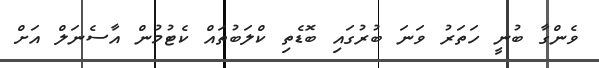
ވެންގާ ބުނީ ހަތަރު ވަނަ ބުރުގައި ބޮޑެތި ކްލަބުތައް ކެޓުމުން އާސެނަލް އަށް